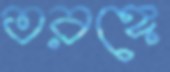
তরঙ্গে